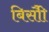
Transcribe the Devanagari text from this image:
बिसौी